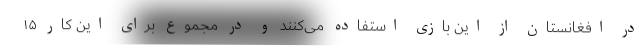
در افغانستان از این بازی استفاده می‌کنند و در مجموع برای این کار ۱۵